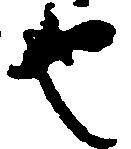
也